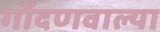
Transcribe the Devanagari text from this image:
गोंदणवाल्या